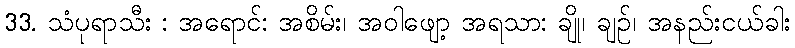
33. သံပုရာသီး : အရောင်: အစိမ်း၊ အဝါဖျော့ အရသာ: ချို၊ ချဉ်၊ အနည်းငယ်ခါး